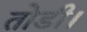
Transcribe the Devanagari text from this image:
तोडी।